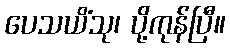
ပေသယိံသု၊ ပို့ကုန်ပြီ။